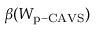
\beta ( W _ { \mathrm { p - C A V S } } )